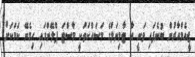
ޖީއެމްއާރުން ބުނެފައި ވަނީ އާ ޓާމިނަލްގެ މަސައްކަތަކީ މާސްޓަ ޕްލޭންގައި ހިމެނޭ ކަމަކަށް